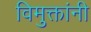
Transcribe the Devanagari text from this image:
विमुक्तांनी